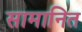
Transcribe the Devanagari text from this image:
सामानित